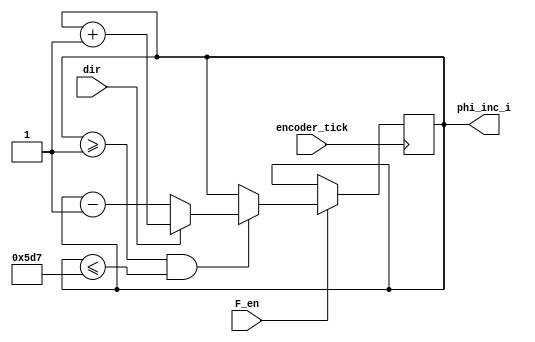
module fCounter(encoder_tick, dir, F_en, phi_inc_i);

input encoder_tick, dir, F_en;
output reg [10:0] phi_inc_i;

initial
	begin
		phi_inc_i <= 11'b00000000001;	
	end

always @ (posedge encoder_tick) 
	begin				
		if (F_en)
			begin
				if (phi_inc_i >= 11'b00000000001 && phi_inc_i <= 11'b10111010111)		//between 20 and 20k Hz
					begin
						if (dir)      
							begin 
								phi_inc_i <= phi_inc_i + 11'b00000000001;			
							end
						else	
							begin
								phi_inc_i <= phi_inc_i - 11'b00000000001;			
							end
					end
			end
	end

	
endmodule